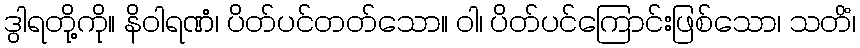
ဒွါရတို့ကို။ နိဝါရဏံ၊ ပိတ်ပင်တတ်သော။ ဝါ၊ ပိတ်ပင်ကြောင်းဖြစ်သော၊ သတိံ၊